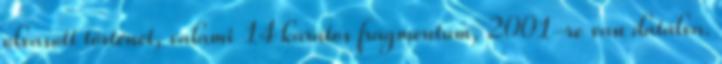
olvasott történet, valami 14 karátos fragmentum, 2001-re van datálva.